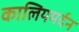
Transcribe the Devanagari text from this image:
कालियमर्दन